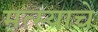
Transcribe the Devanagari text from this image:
मत्स्याचे